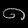
Digit: ၈